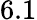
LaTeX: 6.1